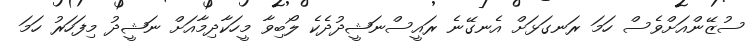
ސުޒޭންއަށްވެސް ހަމަ ރަނގަޅަށް އެނގޭނެ ރައީސްނަޝީދުދެކެ ލޯބިވާ މީހަކާދިމާއަށް ނަޝީދު މިފަހަރު ހަމަ